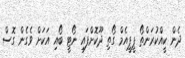
ދެން ކީއްކުރަންތޯ ޕީޕީއެމް ގޯތި ދޫކޮށްފައި ނޯޓީ ބޯއި އަކަށް ވެގެން ގޮސް